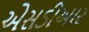
એસડીઆર